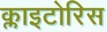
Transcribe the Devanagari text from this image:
क्लाइटोरिस